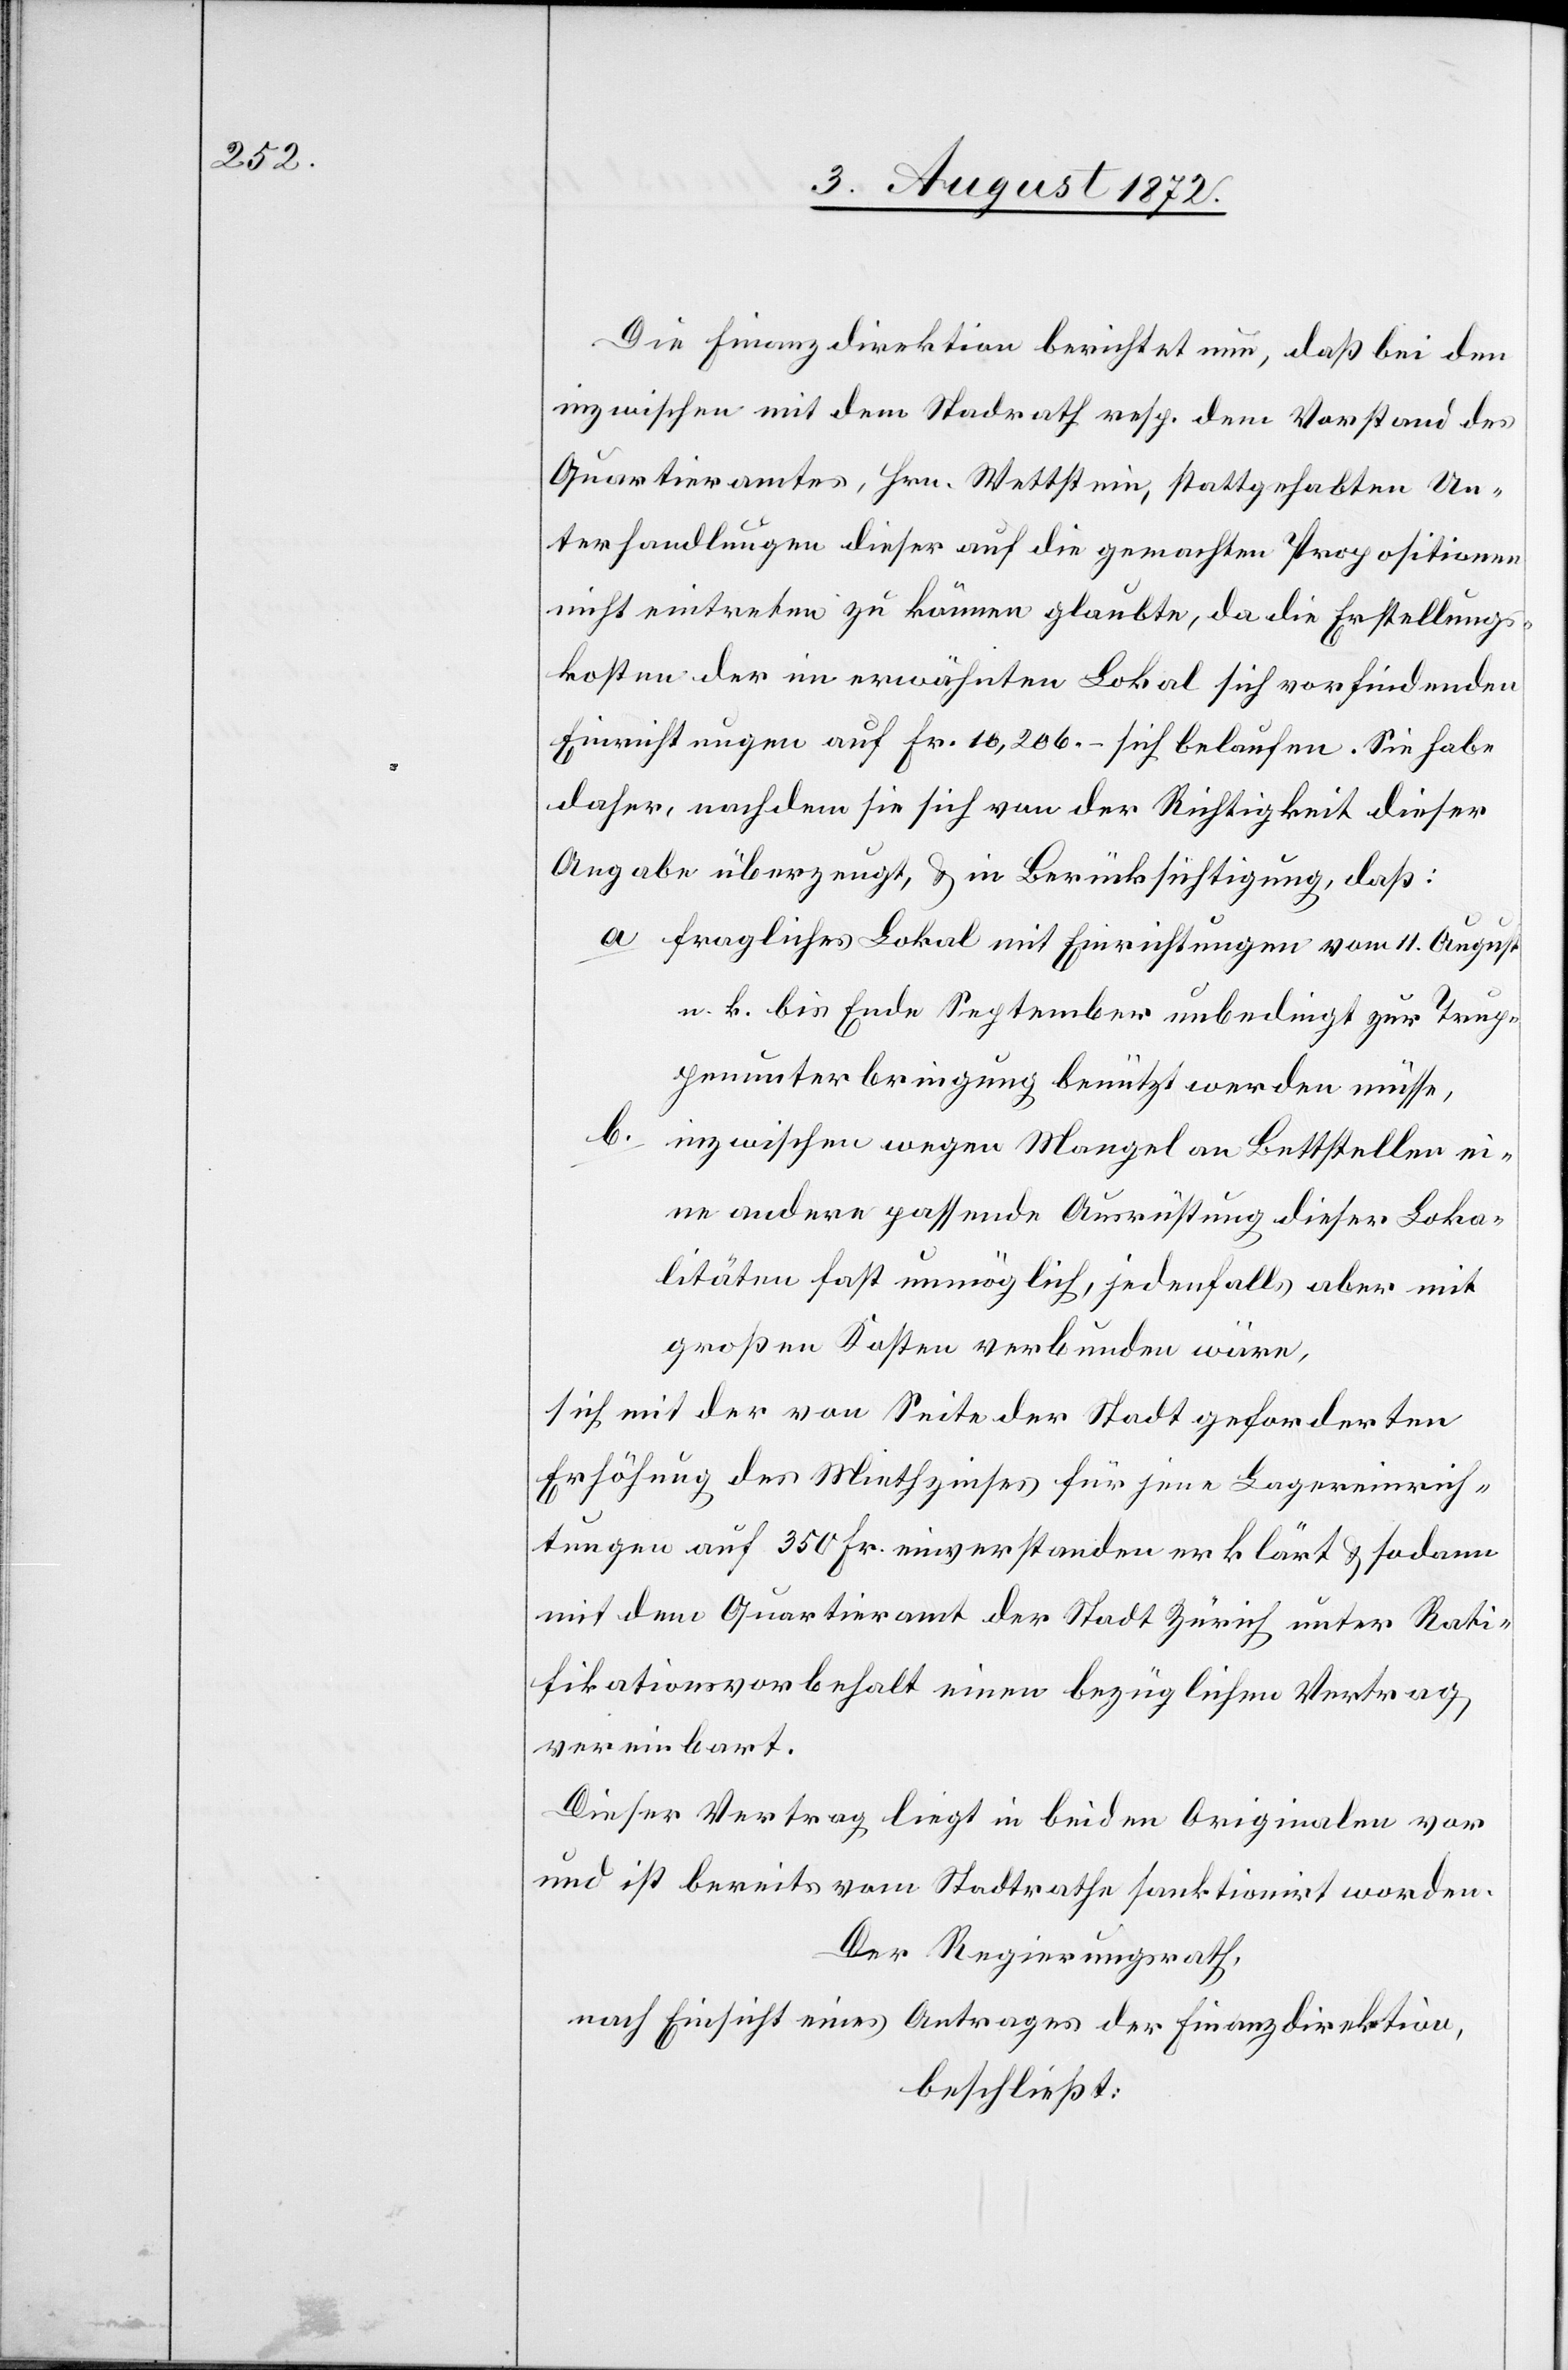
Die Finanzdirektion berichtet nun, daß bei den
inzwischen mit dem Stadtrath resp. dem Vorstand des
Quartieramtes, Hrn. Wettstein, stattgehabten Un¬
terhandlungen dieser auf die gemachten Propositionen
nicht eintreten zu können glaubte, da die Erstellungs¬
kosten der im erwähnten Lokal sich vorfindenden
Einrichtungen auf Fr. 10,206.– sich belaufen. Sie habe
daher, nachdem sie sich von der Richtigkeit dieser
Angabe überzeugt, u. in Berücksichtigung, daß:
a fragliches Lokal mit Einrichtungen vom 11. August
n. k. bis Ende September unbedingt zur Trup¬
penunterbringung benützt werden müsse,
b inzwischen wegen Mangel an Bettstellen ei¬
ne andere passende Ausrüstung dieser Loka¬
litäten fast unmöglich, jedenfalls aber mit
großen Kosten verbunden wäre,
sich mit der von Seite der Stadt geforderten
Erhöhung des Miethzinses für jene Lagereinrich¬
tungen auf 350 Fr. einverstanden erklärt u. sodann
mit dem Quartieramt der Stadt Zürich unter Rati¬
fikationsvorbehalt einen bezüglichen Vertrag
vereinbart.
Dieser Vertrag liegt in beiden Originalen vor
und ist bereits vom Stadtrathe sanktionirt worden.
Der Regierungsrath,
nach Einsicht eines Antrages der Finanzdirektion,
beschließt: